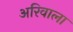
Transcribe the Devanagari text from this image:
अरिवाला